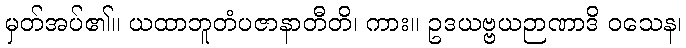
မှတ်အပ်၏။ ယထာဘူတံပဇာနာတီတိ၊ ကား။ ဥဒယဗ္ဗယဉာဏာဒိ ဝသေန၊